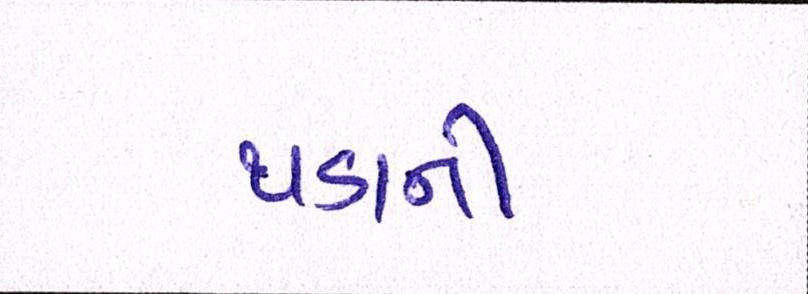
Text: થડાની